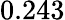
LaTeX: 0.243